Report of the King Institute of Preventive Medicine, Guindy
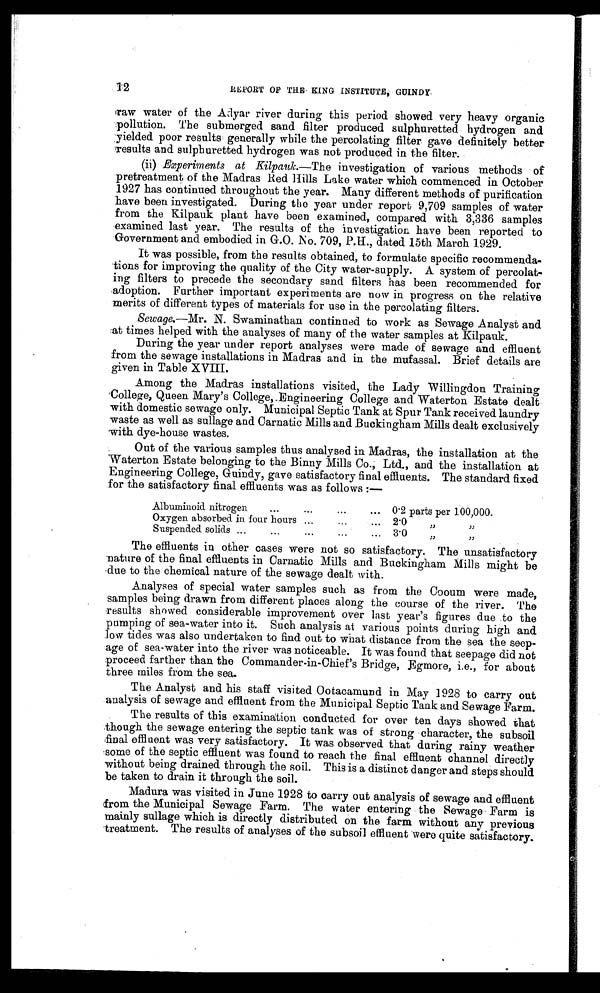
12
REPORT OF THE KING INSTITUTE, GUINDY
raw water of the Adyar river during this period showed very heavy organic
pollution. The submerged sand filter produced sulphuretted hydrogen and
yielded poor results generally while the percolating filter gave definitely better
results and sulphuretted hydrogen was not produced in the filter.
(ii) Experiments at Kilpauk..—The investigation of various methods of
pretreatment of the Madras Red Hills Lake water which commenced in October
1927 has continued throughout the year. Many different methods of purification
have been investigated. During the year under report 9,709 samples of water
from the Kilpauk plant have been examined, compared with 3,336 samples
examined last year. The results of the investigation have been reported to
Government and embodied in G.O. No. 709, P.H., dated 15th March 1929.
It was possible, from the results obtained, to formulate specific recommenda-
-tions for improving the quality of the City water-supply. A system of percolat--
ing filters to precede the secondary sand filters has been recommended for
adoption. Further important experiments are now in progress on the relative
merits of different types of materials for use in the percolating filters.
Sewage.—Mr. N. Swaminathan continued to work as Sewage Analyst and
at times helped with the analyses of many of the water samples at Kilpauk.
During the year under report analyses were made of sewage and effluent
from the sewage installations in Madras and in the mufassal. Brief details are
given in Table XVIII.
Among the Madras installations visited, the Lady Willingdon Training
College, Queen Mary's College,. Engineering College and Waterton Estate dealt
with domestic sewage only. Municipal Septic Tank at Spur Tank received laundry
waste as well as sullage and Carnatic Mills and Buckingham Mills dealt exclusively
with dye-house wastes.
Out of the various samples thus analysed in Madras, the installation at the
Waterton Estate belonging to the Binny Mills Co., Ltd., and the installation at
Engineering College, Guindy, gave satisfactory final effluents. The standard fixed
for the satisfactory final effluents was as follows :—
Albuminoid nitrogen
...
...
...
.. . 0.2 parts per 100,000.
Oxygen absorbed in four hours ......
2.0
"
"
Suspended solids ...... ...
3.0
"
"
The effluents in other cases were not so satisfactory. The unsatisfactory
nature of the final effluents in Carnatic Mills and Buckingham Mills might be
due to the chemical nature of the sewage dealt with.
Analyses of special water samples such as from the Cooum were made,
samples being drawn from different places along the course of the river. The
results showed considerable improvement over last year's figures due to the
pumping of sea-water into it. Such analysis at various points during high and
low tides was also undertaken to find out to what distance from the sea the seep--
age of sea-water into the river was noticeable. It was found that seepage did not
proceed farther than the Commander-in-Chief's Bridge, Egmore, i.e., for about
three miles from the sea.
The Analyst and his staff visited Ootacamund in May 1928 to carry out
analysis of sewage and effluent from the Municipal Septic Tank and Sewage Farm.
The results of this examination conducted for over ten days showed that
though the sewage entering the septic tank was of strong character, the subsoil
final effluent was very satisfactory. It was observed that during rainy weather
some of the septic effluent was found to reach the final effluent channel directly
without being drained through the soil. This is a distinct danger and steps should
be taken to drain it through the soil.
Madura was visited in June 1928 to carry out analysis of sewage and effluent
from the Municipal Sewage Farm. The water entering the Sewage Farm is
mainly sullage which is directly distributed on the farm without any previous
treatment. The results of analyses of the subsoil effluent were quite satisfactory.